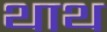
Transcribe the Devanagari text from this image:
थाथ